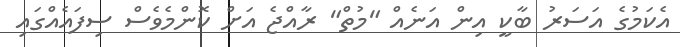
އެކަމުގެ އަސަރު ބާކީ އިން އަނެއް "މުތް" ރާއްޖެ އަށް ކޮންމެވެސް ސިފައެއްގައި